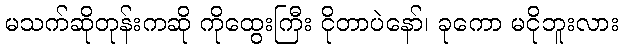
မသက်ဆိုတုန်းကဆို ကိုထွေးကြီး ငိုတာပဲနော်၊ ခုကော မငိုဘူးလား